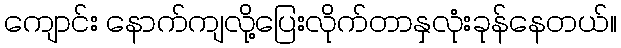
ကျောင်း နောက်ကျလို့ပြေးလိုက်တာနှလုံးခုန်နေတယ်။